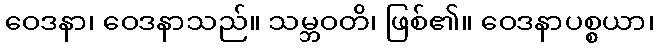
ဝေဒနာ၊ ဝေဒနာသည်။ သမ္ဘဝတိ၊ ဖြစ်၏။ ဝေဒနာပစ္စယာ၊